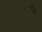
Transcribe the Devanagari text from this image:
हाइड्रोफिलस